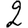
Digit: 2